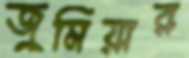
জুমিয়ার